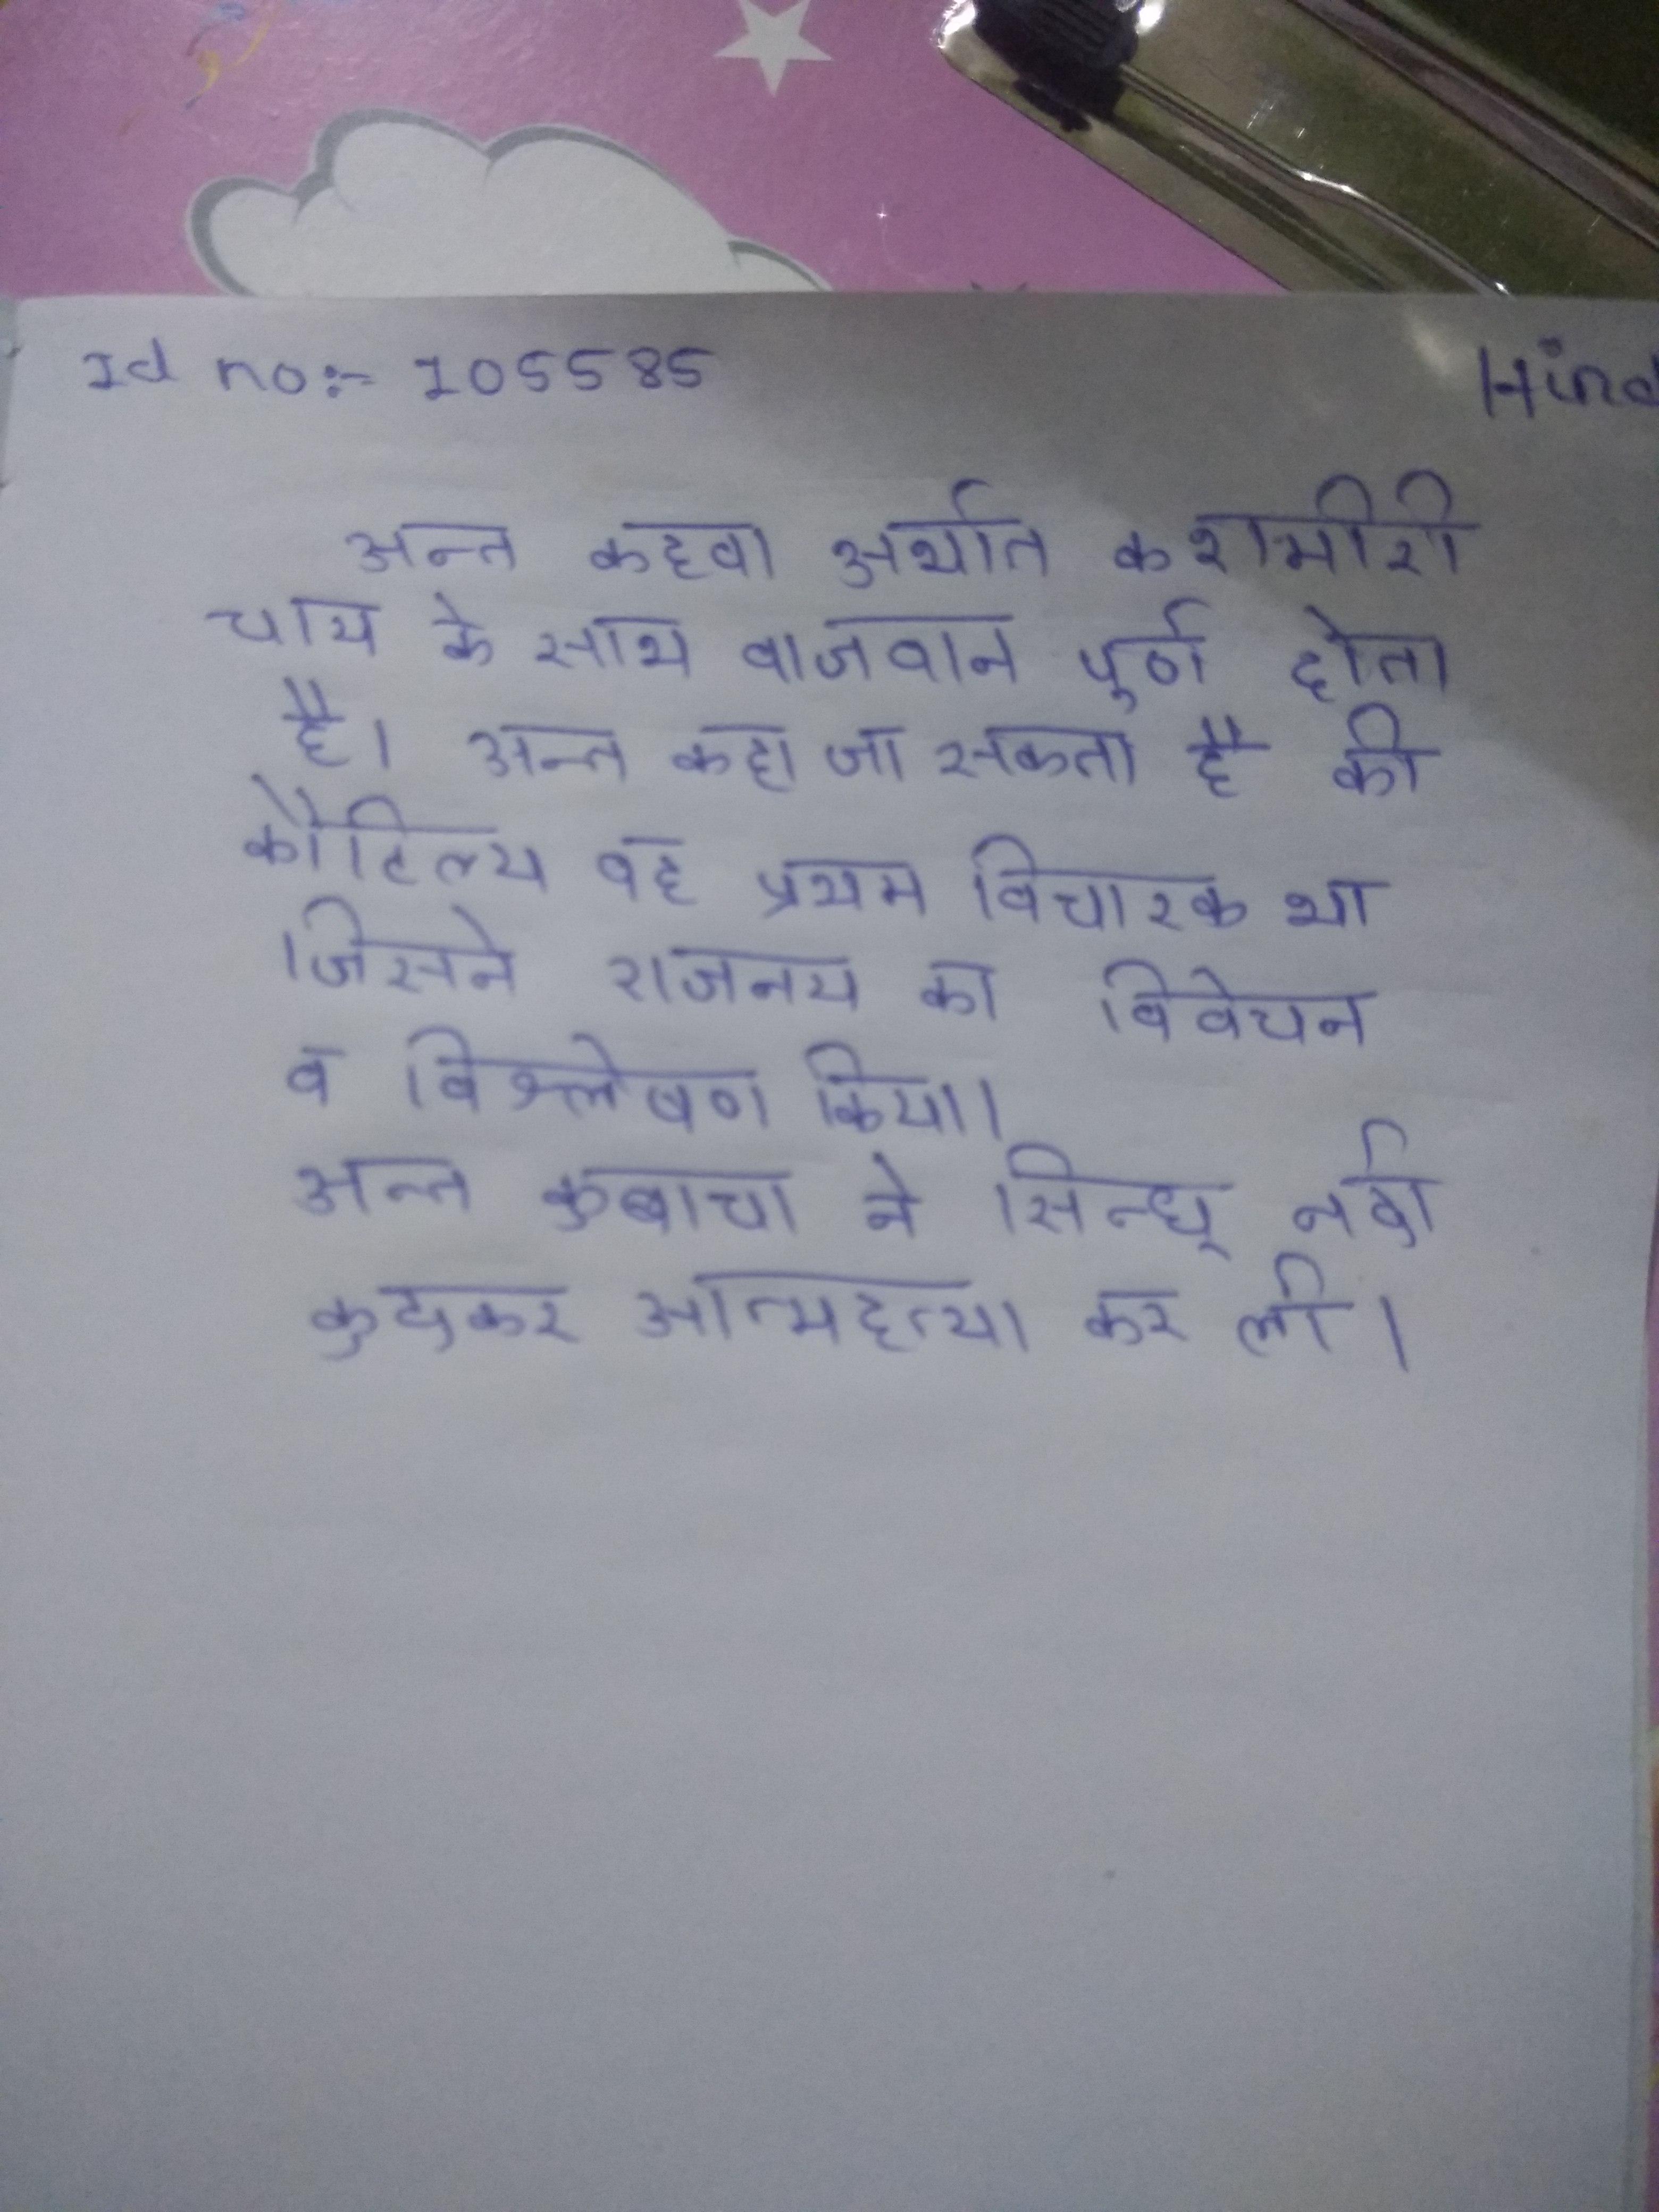
अन्त कहवा अर्थात कश्मीरी चाय के साथ वाजवान पूर्ण होता है । अन्त कहा जा सकता है कि कौटिल्य वह प्रथम विचारक था जिसने राजनय का विवेचन व विश्लेषण किया । अन्त कुबाचा ने सिन्धु नदी कूदकर आत्महत्या कर ली ।